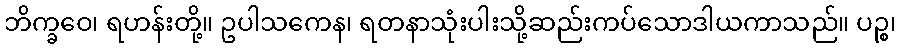
ဘိက္ခဝေ၊ ရဟန်းတို့။ ဥပါသကေန၊ ရတနာသုံးပါးသို့ဆည်းကပ်သောဒါယကာသည်။ ပဉ္စ၊